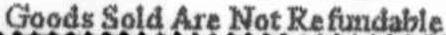
GOODS SOLD ARE NOT REFUNDABLE